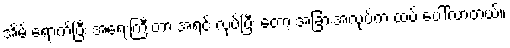
အိမ် ရောက်ပြီး အရေးကြီးတာ အရင် လုပ်ပြီး တော့ အခြားအလုပ်က ထပ် ပေါ်လာတယ်။